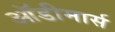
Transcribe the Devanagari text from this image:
ऑडीमार्स